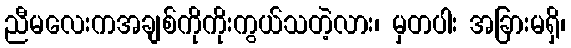
ညီမလေးကအချစ်ကိုကိုးကွယ်သတဲ့လား၊ မှတပါး အခြားမရှိ၊